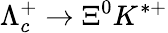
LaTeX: \Lambda_{c}^{+}\to\Xi^{0}K^{*+}